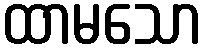
ထာမသော